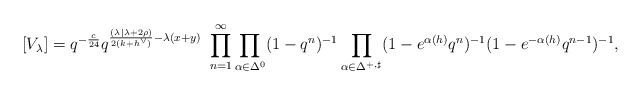
\begin{align*}[V_\lambda] = q^{-\frac{c}{24}} q^{\frac{(\lambda| \lambda + 2\rho) }{2(k+h^\vee)} -\lambda(x+y)}\ \prod_{n=1}^\infty \prod_{\alpha \in \Delta_{}^{0}} (1-q^{n})^{-1} \prod_{\alpha \in \Delta_{}^{+, \sharp}}(1-e^{\alpha(h)}q^{n})^{-1} (1-e^{-\alpha(h)}q^{n-1})^{-1},\end{align*}